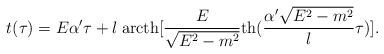
\begin{align*}t(\tau)=E\alpha'\tau+l\;\mbox{arcth}[\frac{E}{\sqrt{E^2-m^2}}\mbox{th}(\frac{\alpha'\sqrt{E^2-m^2}}{l}\tau)].\end{align*}